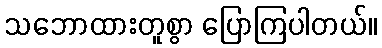
သဘောထားတူစွာ ပြောကြပါတယ်။